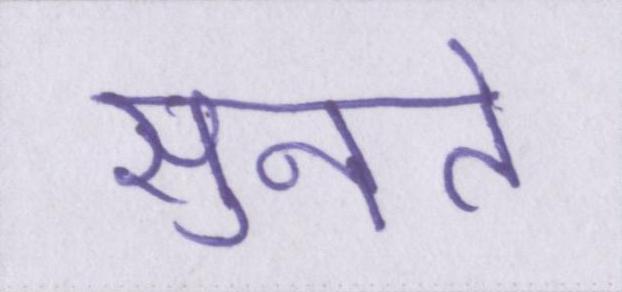
सुनते